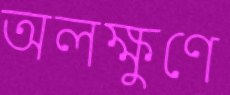
অলক্ষুণে